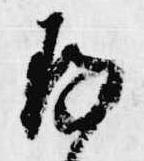
存